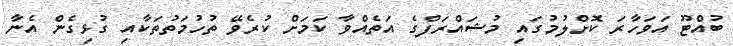
ބުއްޓޫ އަވަހާރަ ކޮށްލުމުގައި މުޝައްރަފްގެ އަތެއްވާ ކަމަށް ކުރެވޭ ތުހުމަތުތަކާއި ގުޅިގެން އެނާ